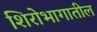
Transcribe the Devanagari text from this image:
शिरोभागातील